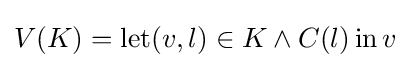
V(K)=\operatorname {let} (v,l)\in K\land C(l)\operatorname {in} v